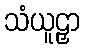
သံယူဠှာ